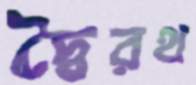
দ্বৈরথ